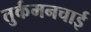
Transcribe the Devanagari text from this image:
तुर्कमनचाई